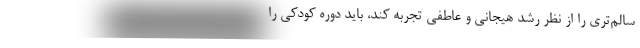
سالم‌تری را از نظر رشد هیجانی و عاطفی تجربه کند، باید دوره کودکی را